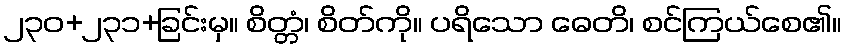
၂၃၀+၂၃၁+ခြင်းမှ။ စိတ္တံ၊ စိတ်ကို။ ပရိသော ဓေတိ၊ စင်ကြယ်စေ၏။